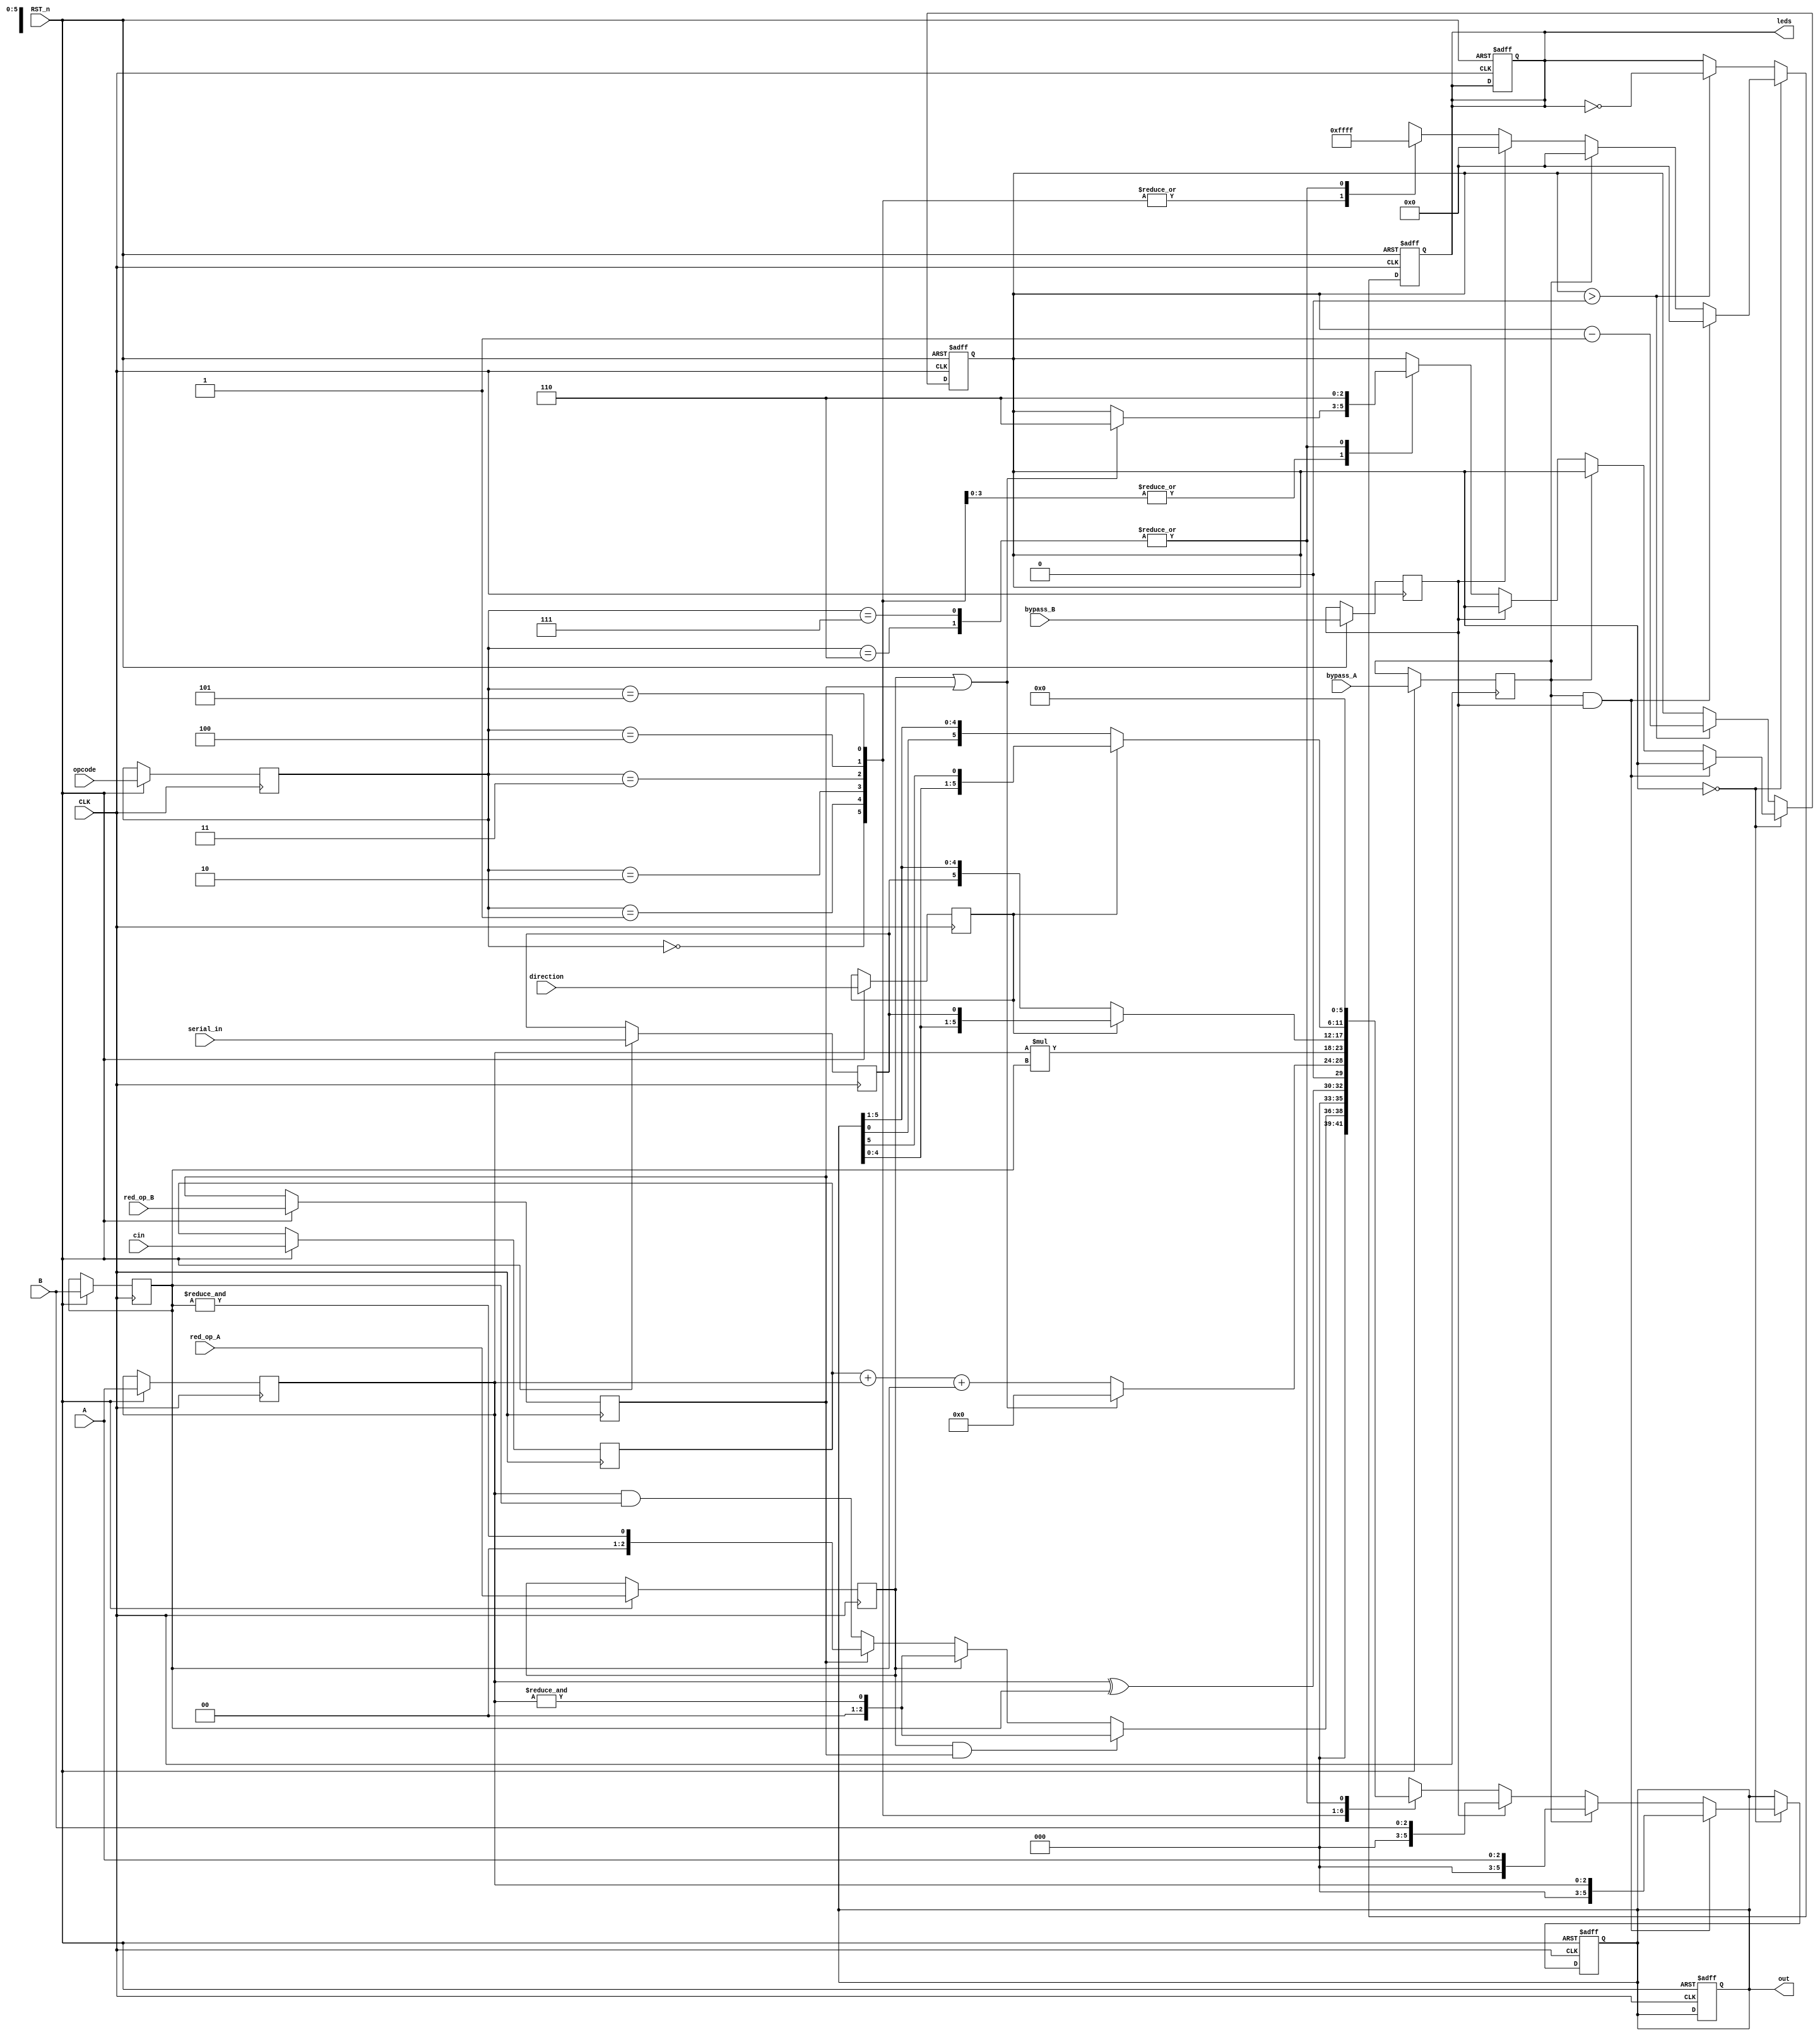
module ALSU_me #(parameter INPUT_PERIORITY = "A" ,parameter FULL_ADDER = "ON"  ) 
(
    input [2:0] A,
    input [2:0] B,
    input [2:0] opcode,
    input       cin   ,
    input    serial_in,
    input    direction,
    input   red_op_A  ,
    input   red_op_B  ,
    input   bypass_A  ,
    input   bypass_B  ,
    input   CLK       ,
    input   RST_n     ,
    output  reg [5:0]out   ,
    output  reg [15:0]leds  
);

reg cin_reg, serial_in_reg, direction_reg, red_op_A_reg, red_op_B_reg, bypass_A_reg, bypass_B_reg;
reg [2:0] A_reg, B_reg, opcode_reg,Counter;
always @(posedge CLK or negedge RST_n) begin
   if (!RST_n) begin
        out  <= 6'b0;
        leds <= 16'b0; 
    end
    else begin
A_reg <= A;
B_reg <= B;
opcode_reg <= opcode;
cin_reg <= cin ;
serial_in_reg <= serial_in;
direction_reg <= direction;
red_op_A_reg  <= red_op_A;
red_op_B_reg  <= red_op_B;
bypass_A_reg  <= bypass_A;
bypass_B_reg  <= bypass_B;
    end 

end


always @(posedge CLK or negedge RST_n) begin
    if (!RST_n) begin
        out  <= 6'b0;
        leds <= 16'b0; 
        Counter <=0;
    end
else if(!Counter)
begin

     if (bypass_A_reg && bypass_B_reg) begin
        if (INPUT_PERIORITY == "A") begin
            out <= A_reg   ;
            leds <= 16'b0  ;
        end
        else begin
            out <= B   ;
            leds <= 16'b0  ;
        end
    end
    else if (bypass_A_reg) begin
        out <= A   ;
        leds <= 16'b0  ;
    end 
     else if (bypass_B_reg) begin
        out <= B   ;
        leds <= 16'b0  ;
    end
    else begin
    case (opcode_reg)
        3'b000 : begin
            if (red_op_A_reg && red_op_B_reg) begin
                if (INPUT_PERIORITY=="A") begin
                    out  <= &A_reg;
                end
                else begin
                    out  <= &B_reg;
                end
            end
            else if (red_op_A_reg) begin
                out  <= &A_reg;
            end
            else if (red_op_B_reg) begin
                out  <= &B_reg;
            end
            else out  <= A_reg & B_reg;
            leds <= 16'b0  ;
        end 
       3'b001 :begin
            if (red_op_A_reg && red_op_B_reg) begin
                if (INPUT_PERIORITY== "A" ) begin
                    out  <= ^A_reg;
                end
                else begin
                    out  <= ^B_reg;
                end
            end
         if (red_op_A_reg) begin
                out  <= ^A_reg;
            end
            else if (red_op_B_reg) begin
                out  <= ^B_reg;
            end
            else out  <= A_reg^B_reg;
            leds <= 16'b0  ;
             out  <= A_reg^B_reg;
             leds <= 16'b0  ;
        end
        3'b010:begin
            if (red_op_A_reg||red_op_B_reg) begin
                 out  <= 6'b0       ;
            leds <= 16'hffff        ;  /////////////////////invaliad case/////////////////////// 
            Counter <= 6;    
            end
           else if (FULL_ADDER == "ON") begin
                out  <= cin_reg+A_reg+B_reg;
            end
            else  begin
                out  <= A_reg+B_reg;
            end
            
            leds <= 16'b0  ;
            
        end
        3'b011:begin
            if (red_op_A_reg||red_op_B_reg) begin
                 out <= 6'b0       ;
            leds <= 16'hffff        ;  ////////////////////invaliad case///////////////////////
            Counter <= 6;
            end
            out  <= A_reg*B_reg;
            leds <= 16'b0  ;
            
        end
         3'b100:begin
            if (red_op_A_reg||red_op_B_reg) begin
                 out  <= 6'b0       ;
            leds <= 16'hffff        ;       ////////////////////invaliad case///////////////////////
            Counter <= 6;
            end
            if (direction_reg) begin ///////////shift left ////////////////
                out <= {out[4:0],serial_in_reg};
                
            end
            else out <= {serial_in_reg,out[5:1]};//////////////shift right////////////
            leds <=16'b0;
        end
         3'b101:begin  
            if (red_op_A_reg||red_op_B_reg) begin
                 out  <= 6'b0       ;
            leds <= 16'hffff        ; ////////////////////invaliad case///////////////////////
            Counter <= 6;
            end                        /////////////rotate output/////////////////
            if (direction_reg) begin
                out <= {out[4:0],out[5]};
            end
            else  out <= {out[0],out[5:1]};
                  
            leds <=16'b0  ;
            
        end
         3'b110:begin       ////////////invalid case///////////////////
            out  <= 6'b0       ;
            leds <= 16'hffff;
            Counter <= 6;
            
        end
        3'b111:begin       ////////////invalid case///////////////////
            out  <= 6'b0       ;
            leds <= 16'hffff;
            Counter <= 6;
            
        end
        
    endcase
    
    
    
    end
    
end
 else if (Counter>0)
      begin
        leds <= ~leds;
        Counter <= Counter - 1;
         end
     
end



    
endmodule